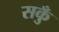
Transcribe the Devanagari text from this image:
सकुँ